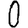
Digit: 0